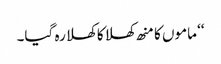
‘‘ ماموں کا منھ کھلا کا کھلا رہ گیا۔